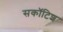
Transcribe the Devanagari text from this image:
सकॉटिश